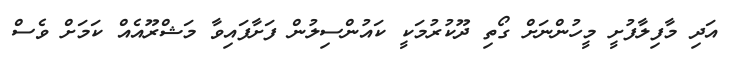
އަދި މާފިލާފުށީ މީހުންނަށް ގޯތި ދޫކުރުމަކީ ކައުންސިލުން ފަށާފައިވާ މަޝްރޫއެއް ކަމަށް ވެސް